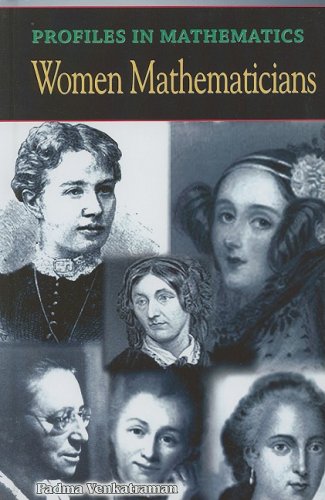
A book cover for Women Mathemeticians (Profiles in Mathematics); Padma Venkatraman; Teen & Young Adult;